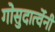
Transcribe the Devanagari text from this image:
गोसुदार्त्वेनी